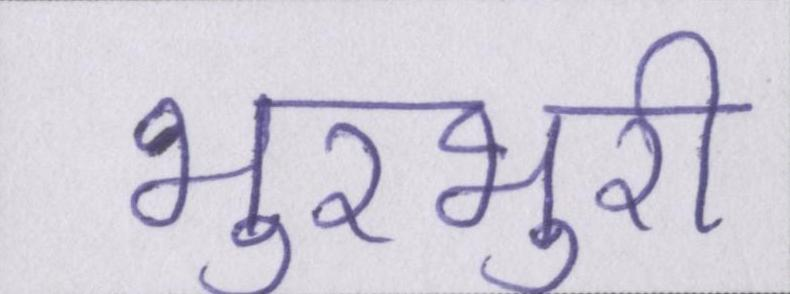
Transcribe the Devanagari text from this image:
भुरभुरी